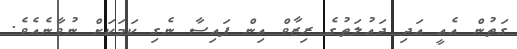
ގަތުން އެއީ އަދި ދައުލަތުގެ ރިޒާވް އިން ފައިސާ ނެގި ކަމަކަށް ނުވާނެެެއެވެ.